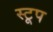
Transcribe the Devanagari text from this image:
स्टूप